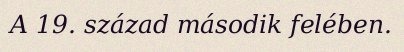
A 19. század második felében.